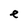
Character: e